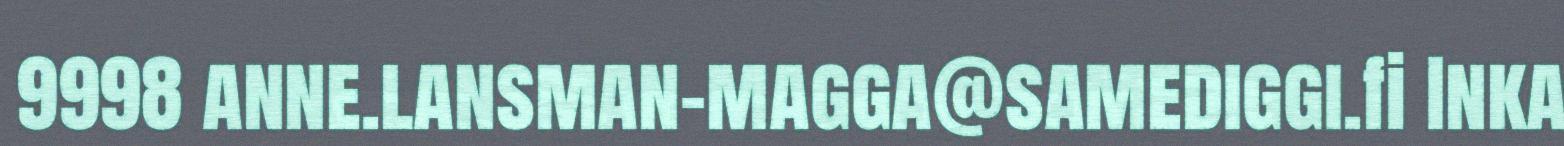
9998 anne.lansman-magga@samediggi.fi Inka